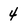
Character: 4